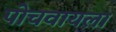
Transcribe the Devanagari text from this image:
पोचवायला